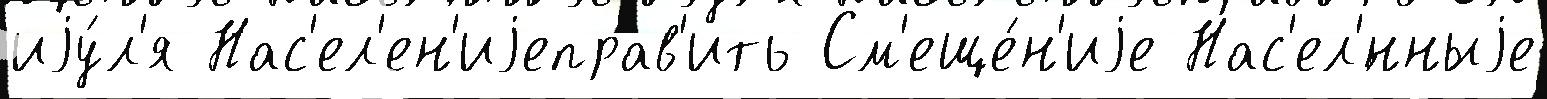
иjу́л'я Нас'ел'ен'иjеправ'ить См'еще́н'иjе Нас'ел'́нныjе